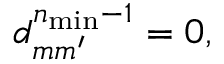
d _ { m m ^ { \prime } } ^ { n _ { \mathrm { m i n } } - 1 } = 0 ,